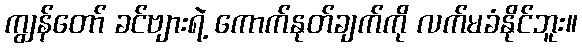
ကျွန်တော် ခင်ဗျားရဲ့ ကောက်နုတ်ချက်ကို လက်မခံနိုင်ဘူး။